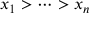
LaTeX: x _ { 1 } > \cdots > x _ { n }